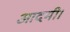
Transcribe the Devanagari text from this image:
आदमी।